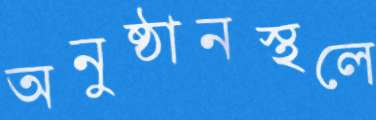
অনুষ্ঠানস্থলে